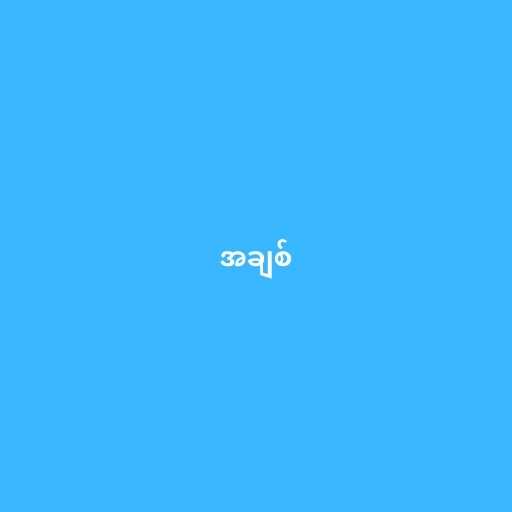
အချစ်